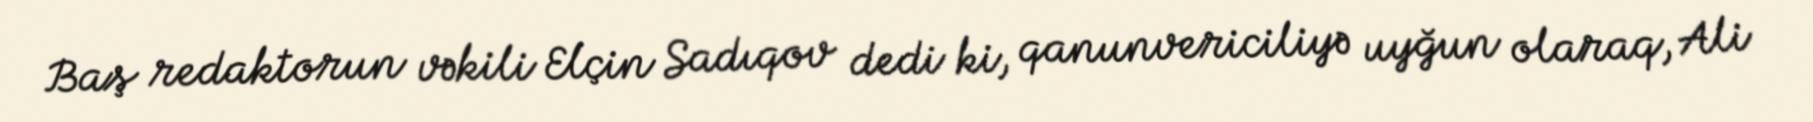
Baş redaktorun vəkili Elçin Sadıqov dedi ki, qanunvericiliyə uyğun olaraq, Ali